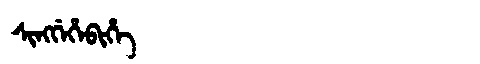
Manchu: ᠰᡳᠩᡤᡝᡥᡝᠪᡳᡥᡝ
Romanization: SINGGEHEBIHE